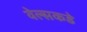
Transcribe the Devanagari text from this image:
वेल्सकडे